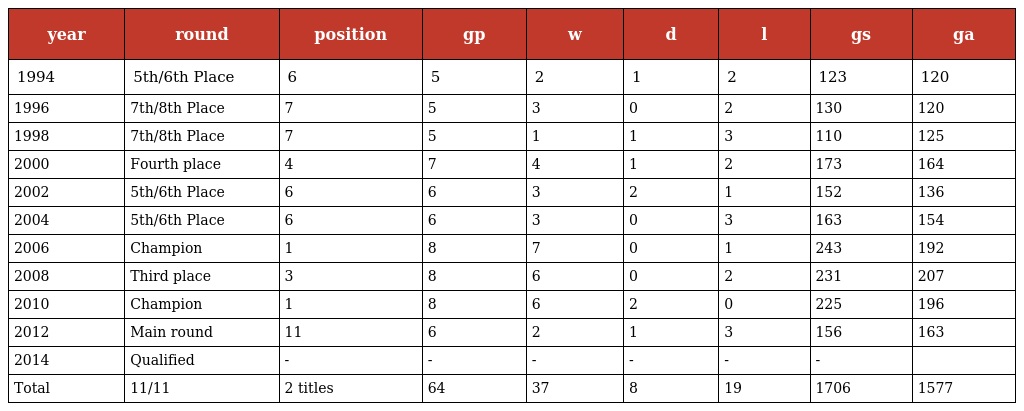
| year | round | position | gp | w | d | l | gs | ga |
 | --- | --- | --- | --- | --- | --- | --- | --- | --- |
 | 1994 | 5th/6th Place | 6 | 5 | 2 | 1 | 2 | 123 | 120 |
 | 1996 | 7th/8th Place | 7 | 5 | 3 | 0 | 2 | 130 | 120 |
 | 1998 | 7th/8th Place | 7 | 5 | 1 | 1 | 3 | 110 | 125 |
 | 2000 | Fourth place | 4 | 7 | 4 | 1 | 2 | 173 | 164 |
 | 2002 | 5th/6th Place | 6 | 6 | 3 | 2 | 1 | 152 | 136 |
 | 2004 | 5th/6th Place | 6 | 6 | 3 | 0 | 3 | 163 | 154 |
 | 2006 | Champion | 1 | 8 | 7 | 0 | 1 | 243 | 192 |
 | 2008 | Third place | 3 | 8 | 6 | 0 | 2 | 231 | 207 |
 | 2010 | Champion | 1 | 8 | 6 | 2 | 0 | 225 | 196 |
 | 2012 | Main round | 11 | 6 | 2 | 1 | 3 | 156 | 163 |
 | 2014 | Qualified | - | - | - | - | - | - |  |
 | Total | 11/11 | 2 titles | 64 | 37 | 8 | 19 | 1706 | 1577 |